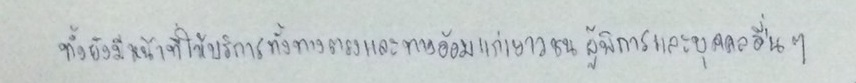
ทั้งยังมีหน้าที่ให้บริการทั้งทางตรงและทางอ้อมแก่เยาวชนผู้พิการและบุคคลอื่นๆ